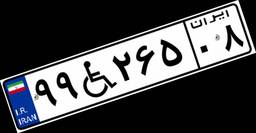
۲۰W۰۰۵۷۲